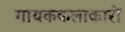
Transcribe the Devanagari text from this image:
गायककलाकारों